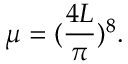
\mu = ( \frac { 4 L } { \pi } ) ^ { 8 } .